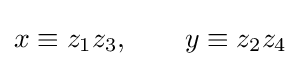
x\equiv z_{1}z_{3},\qquad y\equiv z_{2}z_{4}